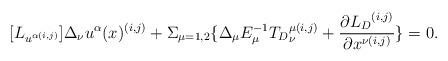
LaTeX: \begin{align*}[{L}_{u^{\alpha (i,j)}}]\Delta_\nu u^\alpha (x)^{(i,j)}+\Sigma_{\mu=1,2}\{ \Delta_\mu E_\mu^{-1}{{T}_D}_\nu ^{\mu(i,j)}+\frac{\partial{{L}_D}^{(i,j)}}{\partial x^{\nu (i,j)}}\}=0.\end{align*}